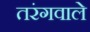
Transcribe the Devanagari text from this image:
तरंगवाले